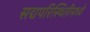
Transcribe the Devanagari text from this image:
सद्यपरिस्थितीमध्ये